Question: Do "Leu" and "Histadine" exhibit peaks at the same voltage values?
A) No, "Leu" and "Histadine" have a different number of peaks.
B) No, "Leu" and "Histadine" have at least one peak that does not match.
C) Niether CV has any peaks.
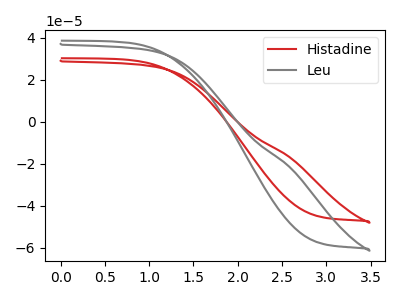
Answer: <think>The red curve "Histadine" has no peaks. The gray curve "Leu" has no peaks.</think>
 <answer>C) Niether CV has any peaks.</answer>
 <eval>C</eval>